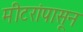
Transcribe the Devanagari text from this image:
मीटरांपासून